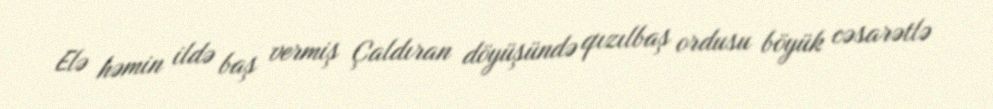
Elə həmin ildə baş vermiş Çaldıran döyüşündə qızılbaş ordusu böyük cəsarətlə